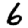
Digit: 6